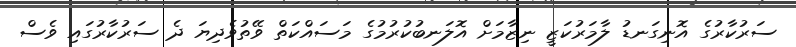
ސަރުކާރުގެ އޮނިގަނޑު ލާމަރުކަޒީ ނިޒާމަށް އޮލަނބުކުރުމުގެ މަސައްކަތް ވޭތުވެދިޔަ ދެ ސަރުކާރުގައި ވެސް